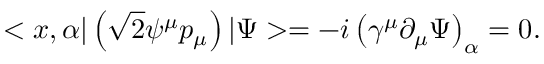
< x , \alpha | \left( \sqrt { 2 } \psi ^ { \mu } p _ { \mu } \right) | \Psi > = - i \left( \gamma ^ { \mu } \partial _ { \mu } \Psi \right) _ { \alpha } = 0 .